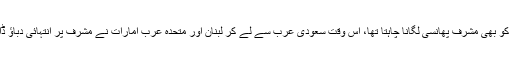
یاد رہے کہ 1999 میں جب نواز شریف کا تختہ الٹا گیا تھا اور نواز شریف کو بھی مشرف پھانسی لگانا چاہتا تھا، اس وقت سعودی عرب سے لے کر لبنان اور متحدہ عرب امارات نے مشرف پر انتہائی دباؤ ڈالا کہ نواز شریف کو جلا وطن کر کے ان کی میزبانی میں سونپ دیا جائے۔